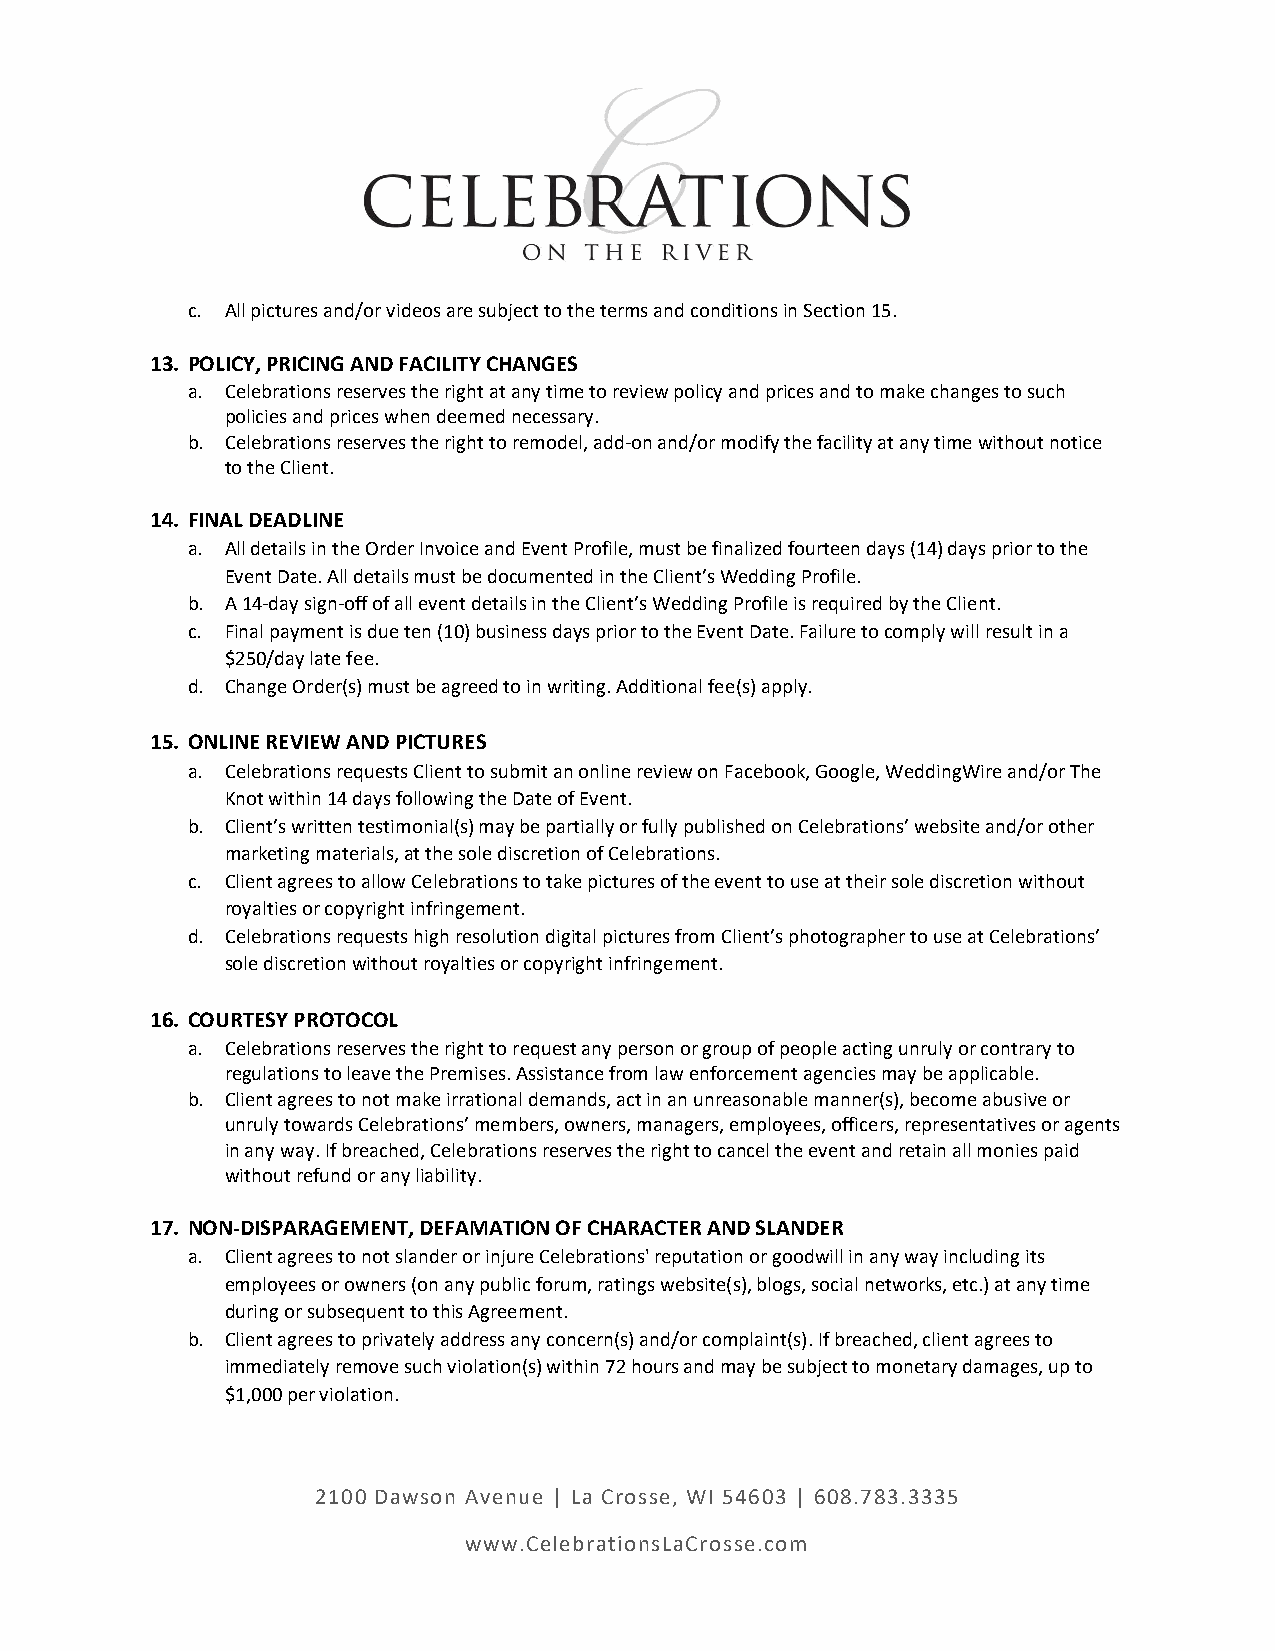
c. All pictures and/or videos are subject to the terms and conditions in Section 15.
 13. POLICY, PRICING AND FACILITY CHANGES
 a. Celebrations reserves the right at any time to review policy and prices and to make changes to such
 policies and prices when deemed necessary.
 b. Celebrations reserves the right to remodel, add-on and/or modify the facility at any time without notice
 to the Client.
 14. FINAL DEADLINE
 a. All details in the Order Invoice and Event Profile, must be finalized fourteen days (14) days prior to the
 Event Date. All details must be documented in the Client’s Wedding Profile.
 b. A 14-day sign-off of all event details in the Client’s Wedding Profile is required by the Client.
 c. Final payment is due ten (10) business days prior to the Event Date. Failure to comply will result in a
 $250/day late fee.
 d. Change Order(s) must be agreed to in writing. Additional fee(s) apply.
 15. ONLINE REVIEW AND PICTURES
 a. Celebrations requests Client to submit an online review on Facebook, Google, WeddingWire and/or The
 Knot within 14 days following the Date of Event.
 b. Client’s written testimonial(s) may be partially or fully published on Celebrations’ website and/or other
 marketing materials, at the sole discretion of Celebrations.
 c. Client agrees to allow Celebrations to take pictures of the event to use at their sole discretion without
 royalties or copyright infringement.
 d. Celebrations requests high resolution digital pictures from Client’s photographer to use at Celebrations’
 sole discretion without royalties or copyright infringement.
 16. COURTESY PROTOCOL
 a. Celebrations reserves the right to request any person or group of people acting unruly or contrary to
 regulations to leave the Premises. Assistance from law enforcement agencies may be applicable.
 b. Client agrees to not make irrational demands, act in an unreasonable manner(s), become abusive or
 unruly towards Celebrations’ members, owners, managers, employees, officers, representatives or agents
 in any way. If breached, Celebrations reserves the right to cancel the event and retain all monies paid
 without refund or any liability.
 17. NON-DISPARAGEMENT, DEFAMATION OF CHARACTER AND SLANDER
 a. Client agrees to not slander or injure Celebrations' reputation or goodwill in any way including its
 employees or owners (on any public forum, ratings website(s), blogs, social networks, etc.) at any time
 during or subsequent to this Agreement.
 b. Client agrees to privately address any concern(s) and/or complaint(s). If breached, client agrees to
 immediately remove such violation(s) within 72 hours and may be subject to monetary damages, up to
 $1,000 per violation.
 2100 Dawson Avenue | La Crosse, WI 54603 | 608.783.3335
 www.CelebrationsLaCrosse.com